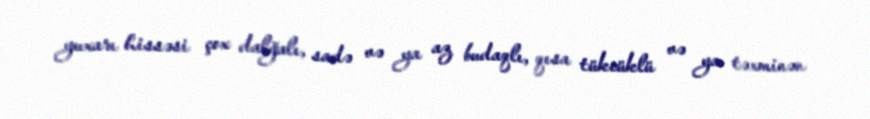
yuxarı hissəsi çox dalğalı, sadə və ya az budaqlı, qısa tükcüklü və ya təxminən